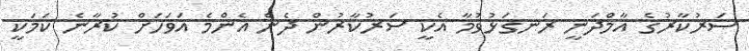
ސަރުކާރުގެ އާމްދަނީ ރަނގަޅުވުމާ އެކީ ސަރުކާރުން ދެން އެންމެ އަވަހަށް ކުރާނެ ކަމަކީ